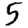
Digit: 5